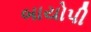
બાયોપી